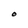
Character: O